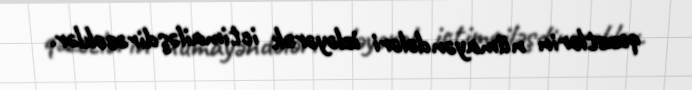
qəzetlərin nümayəndələri izləyərək ictimailəşdirəcəklər.